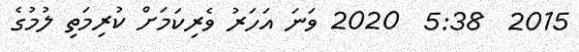
2015  5:38  2020 ވަނަ އަހަރު ވެރިކަމަށް ކުރިމަތި ލުމުގެ